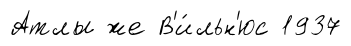
Атлы же В'и́льн'юс 1937